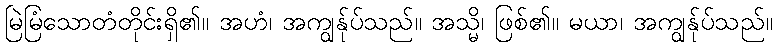
မြဲမြံသောတံတိုင်းရှိ၏။ အဟံ၊ အကျွန်ုပ်သည်။ အသ္မိ၊ ဖြစ်၏။ မယာ၊ အကျွန်ုပ်သည်။